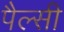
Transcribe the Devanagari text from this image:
पैल्सी